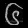
Digit: ၆